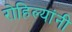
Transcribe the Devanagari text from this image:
रोहिल्यांनी